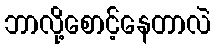
ဘာလို့စောင့်နေတာလဲ